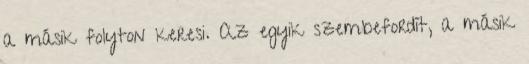
a másik folyton keresi. Az egyik szembefordít, a másik